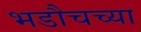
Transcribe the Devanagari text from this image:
भडौचच्या